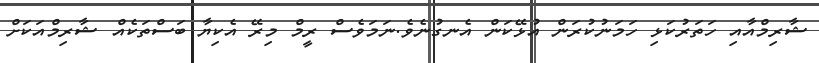
ޝާރިމްއާއި ހަތަރުކަޅި ހަމަނުކުރަން އުޅޭކަން އެނގުނެވެ.ނަމަވެސް ރީމް މިރޭ އެކިޔާ ބަސްތަކެއް ޝާރިމްއަކަށް